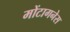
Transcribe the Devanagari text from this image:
मोंटागनेस